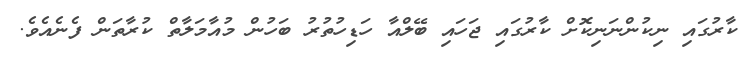
ކާރުގައި ނިކުންނަނިކޮށް ކާރުގައި ޖަހައި ބޭލްއާ ހަޑިހުތުރު ބަހުން މުއާމަލާތް ކުރާތަން ފެނެއެވެ.